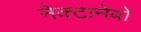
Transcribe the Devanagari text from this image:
नेक्टानेबो